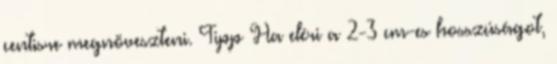
centisre megnöveszteni. Tipp Ha eléri a 2-3 cm-es hosszúságot,